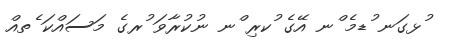
ުޅގަނ ުޑމެ ްނ އޭގެ ުކރި ްނ ނުކުރާވަ ުރގެ މަސައްކަ ެތއް